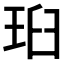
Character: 𭹉